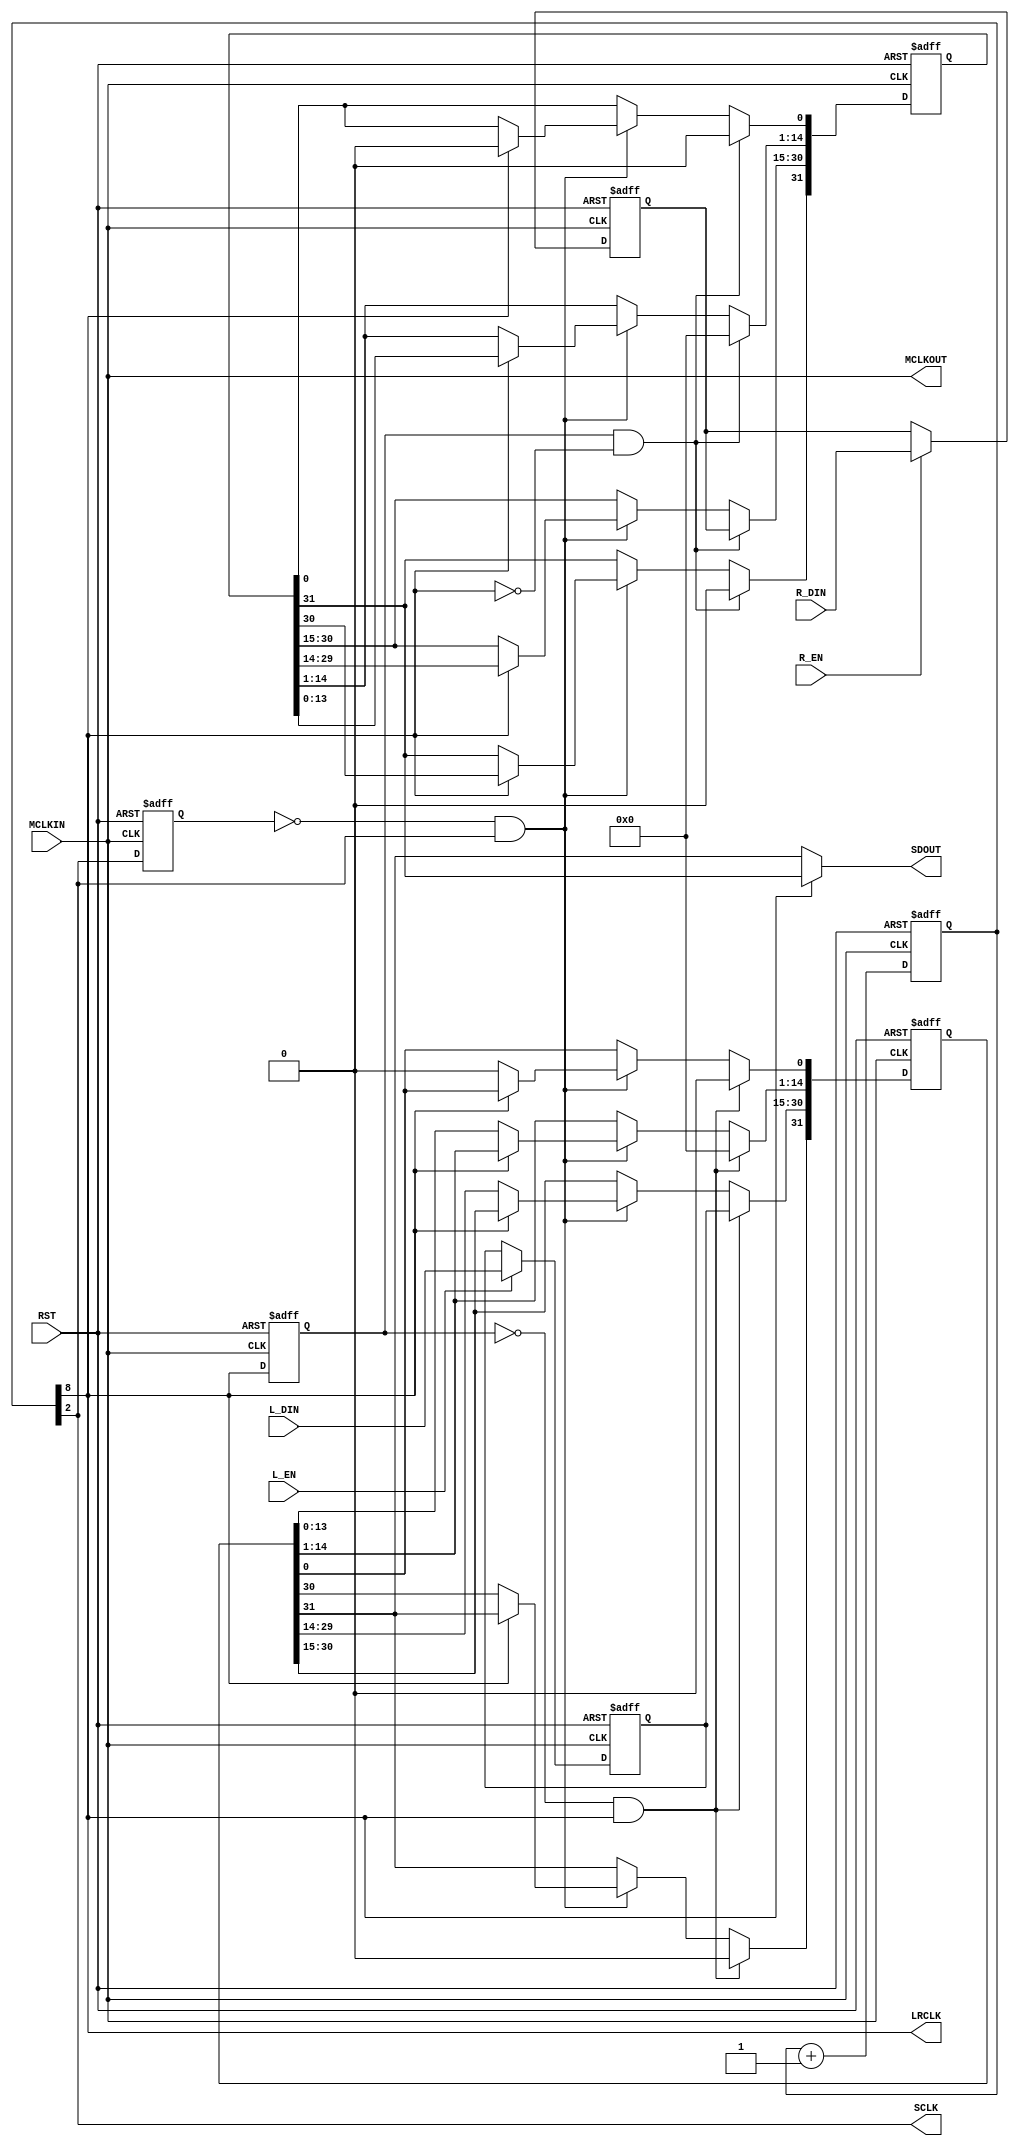
////////////////////////////////////////////////////////////////////////////////
module auout_cs4334(
  MCLKIN    ,   // input MCLK
  RST       ,   // input high reset
  L_EN      ,   // left data enable
  L_DIN     ,   // Left data in
  R_EN      ,   // right data enable
  R_DIN     ,   // right data in
  MCLKOUT   ,   // MCLKOUT
  LRCLK     ,   // L-R Clk out, bit 0 for Left ch, 1 for Right ch
  SCLK      ,   // serial clk out
  SDOUT     );  // serial data out
  
input             MCLKIN    ;
input             RST       ;
input[16-1:0]     L_DIN     ;
input[16-1:0]     R_DIN     ;
input             L_EN      ;
input             R_EN      ;

output            MCLKOUT   ;
output            LRCLK     ;
output            SCLK      ;
output            SDOUT     ;

wire CLK = MCLKIN;
assign MCLKOUT = MCLKIN;
// counter for each clock
// MCLK = 512 x LRCLK , set SCLK=LRCLK*64 that is MCLK = 8 * SCLK
reg [9-1:0]      clkCntR     ;
reg [16-1:0]     L_din_R1    ;
reg [16-1:0]     R_din_R1    ;
reg              LRclk_R1, sclk_R1    ;

reg [32-1:0]    R_data_sh_R, L_data_sh_R;


// always @ (posedge CLK or posedge RST) begin
// if(RST) begin
// end
// else begin
// end
// end  // always

always @ (posedge CLK or posedge RST) begin
  if(RST) begin
    clkCntR <= 0;
  end
  else begin
    clkCntR <= clkCntR + 1'b1;
  end
end  // always
assign SCLK  = clkCntR[2];
assign LRCLK = clkCntR[8];

// update L/R data input reg
// pipeline design
// ------------------------------------
// L/R_EN  |             
// L/R_DIN |L/R_din_R1
// LRCLK   |LRclk_R1
//         |LRCLK_H2L_W/LRCLK_L2H_W


always @ (posedge CLK or posedge RST) begin
  if(RST) begin
    L_din_R1 <= 0;
    R_din_R1 <= 0;
  end
  else begin
    if(L_EN)
      L_din_R1 <= L_DIN;
    if(R_EN)
      R_din_R1 <= R_DIN;
  end
end  // always
wire LRCLK_H2L_W, LRCLK_L2H_W, SCLK_L2H_W, SCLK_H2L_W;
assign LRCLK_H2L_W = (LRclk_R1 == 1'b1 )&& (LRCLK == 1'b0);   
assign LRCLK_L2H_W = (LRclk_R1 == 1'b0 )&& (LRCLK == 1'b1);   
assign SCLK_L2H_W  = (sclk_R1  == 1'b0 )&& (SCLK  == 1'b1);
assign SCLK_H2L_W  = (sclk_R1  == 1'b1 )&& (SCLK  == 1'b0);
assign SDOUT = (LRCLK == 1'b0)?L_data_sh_R[31]:R_data_sh_R[31];
// update L/R shift regs
always @ (posedge CLK or posedge RST) begin
  if(RST) begin
    LRclk_R1 <= 0;
    sclk_R1  <= 0;
    L_data_sh_R <= 0;
    R_data_sh_R <= 0;
  end
  else begin
    LRclk_R1 <= LRCLK;
    sclk_R1  <= SCLK ;
    if(SCLK_L2H_W) begin
    // LRCLK low, I2S begin trans Left ch, 
      if(LRCLK == 1'b0) begin
        L_data_sh_R[31:1] <= L_data_sh_R[30:0];
        L_data_sh_R[0]    <= 1'b0;
      end
    // LRCLK high, I2S begin trans Right ch, 
      else begin
        R_data_sh_R[31:1] <= R_data_sh_R[30:0];
        R_data_sh_R[0]    <= 1'b0;
      end
  end // else RST
// when I2S trans left data, load the right ch to shift reg
    if(LRCLK_H2L_W) begin
      R_data_sh_R[31]         <= 0          ; // pad bit
      R_data_sh_R[30:30-16+1] <= R_din_R1   ;
      R_data_sh_R[30-16:0]    <= 15'h0      ; 
    end
// when I2S trans right data, load the left ch to shift reg
    if(LRCLK_L2H_W)  begin
      L_data_sh_R[31]         <= 0          ; // pad bit
      L_data_sh_R[30:30-16+1] <= L_din_R1   ;
      L_data_sh_R[30-16:0]    <= 15'h0      ; 
    end
  end   // else RST
end  // always


endmodule // auout_cs4334();